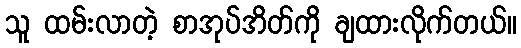
သူ ထမ်းလာတဲ့ စာအုပ်အိတ်ကို ချထားလိုက်တယ်။